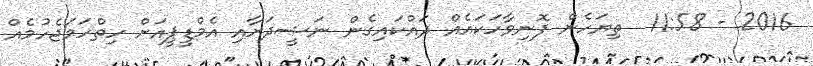
2016 - 11:58  ތިޔަހެން ފޮނިވާހަކައެއް ދައްކައިގެން ނަޝީދަށާއި އެމްޑީޕީއަށް ހިތްހަމަޖެހުމެއް